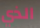
الذي